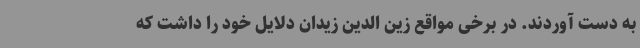
به دست آوردند. در برخی مواقع زین الدین زیدان دلایل خود را داشت که